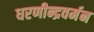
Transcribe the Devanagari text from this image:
धरणीन्द्रवर्मन